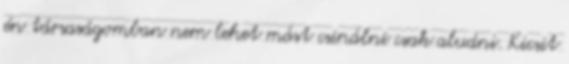
én társaságomban nem lehet mást csinálni csak aludni. Kicsit